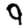
Digit: 9